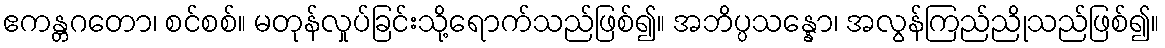
ဧကန္တဂတော၊ စင်စစ်။ မတုန်လှုပ်ခြင်းသို့ရောက်သည်ဖြစ်၍။ အဘိပ္ပသန္နော၊ အလွန်ကြည်ညိုသည်ဖြစ်၍။